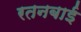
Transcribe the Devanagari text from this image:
रतनबाई